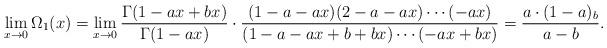
LaTeX: \begin{align*}\lim_{x\to0}\Omega_1(x)= \lim_{x\to0}\frac{\Gamma(1-ax+bx)}{\Gamma(1-ax)}\cdot\frac{(1-a-ax)(2-a-ax)\cdots(-ax)}{(1-a-ax+b+bx)\cdots(-ax+bx)}=\frac{a\cdot(1-a)_b}{a-b}.\end{align*}